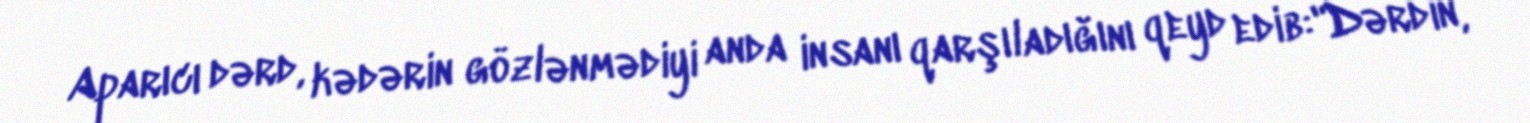
Aparıcı dərd, kədərin gözlənmədiyi anda insanı qarşıladığını qeyd edib:"Dərdin,